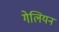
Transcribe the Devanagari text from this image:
गेलियन